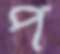
প